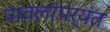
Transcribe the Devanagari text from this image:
पावलांपर्यंत